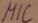
Text: MIC